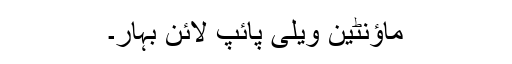
ماؤنٹین ویلی پائپ لائن بہار۔